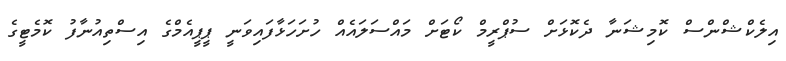
އިލެކްޝްންސް ކޮމިޝަނާ ދެކޮޅަށް ސުޕްރީމް ކޯޓަށް މައްސަލައެއް ހުށަހަޅާފައިވަނީ ޕީޕީއެމްގެ އިސްތިއުނާފު ކޮމެޓީގެ